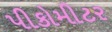
પીકોમીટર